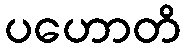
ပဟောတိ